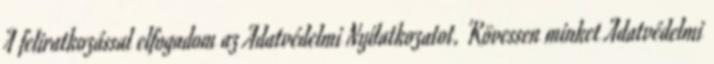
A feliratkozással elfogadom az Adatvédelmi Nyilatkozatot. Kövessen minket Adatvédelmi